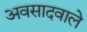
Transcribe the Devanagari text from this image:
अवसादवाले